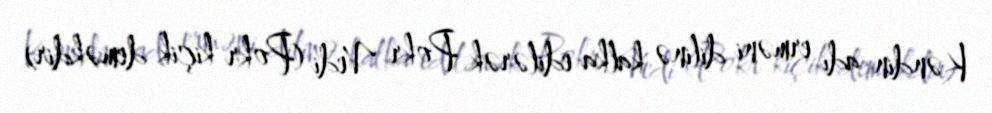
Kəndin adı erməni dilinə kalka edilərək Pokr Vedi (Pokr kiçik deməkdir)